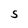
Character: S